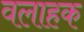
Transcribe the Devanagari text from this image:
वलाहक